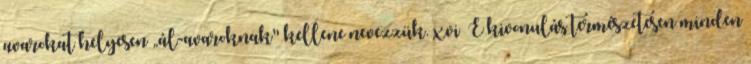
avarokat helyesen „ál-avaroknak" kellene nevezzük. xvi E kivonulás természetesen minden